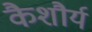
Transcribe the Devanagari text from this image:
कैशौर्य